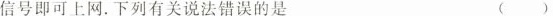
信号即可上网.下列有关说法错误的是 ( )